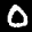
Label: 0